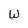
Character: W